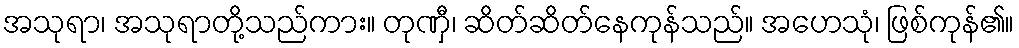
အသုရာ၊ အသုရာတို့သည်ကား။ တုဏှီ၊ ဆိတ်ဆိတ်နေကုန်သည်။ အဟေသုံ၊ ဖြစ်ကုန်၏။